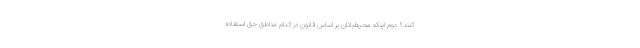
‌کنند؟ دوم اینکه محیط‌بانان بر اساس قانون در کدام مناطق حق استفاده